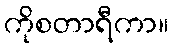
ကိုစတာရီကာ။